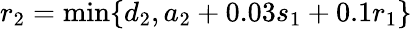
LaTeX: r_{2}=\operatorname*{min}\{ d_{2},a_{2}+0.03s_{1}+0.1r_{1}\}